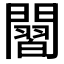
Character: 𮤡